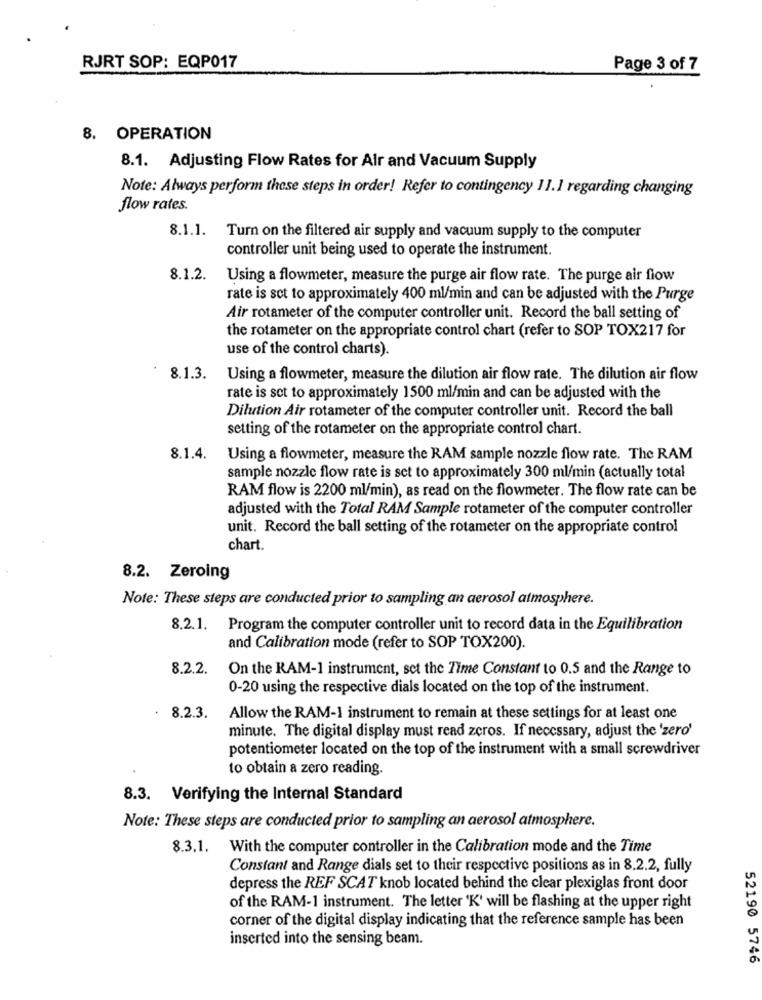
RJRT SOP: EQP017
Page 3 of 7
8. OPERATION
8.1. Adjusting Flow Rates for Air and Vacuum Supply
Note: Always perform these steps in order! Refer to contingency 11.1 regarding changing
flow rates.
8.1.1.
Turn on the filtered air supply and vacuum supply to the computer
controller unit being used to operate the instrument.
8.1.2.
Using a flowmeter, measure the purge air flow rate. The purge air flow
rate is set to approximately 400 ml/min and can be adjusted with the Purge
Air rotameter of the computer controller unit. Record the ball setting of
the rotameter on the appropriate control chart (refer to SOP TOX217 for
use of the control charts).
8.1.3.
Using a flowmeter, measure the dilution air flow rate. The dilution air flow
rate is set to approximately 1500 ml/min and can be adjusted with the
Dilution Air rotameter of the computer controller unit. Record the ball
setting of the rotameter on the appropriate control chart.
8.1.4.
Using a flowmeter, measure the RAM sample nozzle flow rate. The RAM
sample nozzle flow rate is set to approximately 300 ml/min (actually total
RAM flow is 2200 ml/min), as read on the flowmeter. The flow rate can be
adjusted with the Total RAM Sample rotameter of the computer controller
unit. Record the ball setting of the rotameter on the appropriate control
chart.
8.2. Zeroing
Note: These steps are conducted prior to sampling an aerosol atmosphere.
8.2.1. Program the computer controller unit to record data in the Equilibration
and Calibration mode (refer to SOP TOX200).
8.2.2.
On the RAM-1 instrument, set the Time Constant to 0.5 and the Range to
0-20 using the respective dials located on the top of the instrument.
. 8.2.3.
Allow the RAM-1 instrument to remain at these settings for at least one
minute. The digital display must read zeros. If necessary, adjust the 'zero'
potentiometer located on the top of the instrument with a small screwdriver
to obtain a zero reading.
8.3. Verifying the Internal Standard
Note: These steps are conducted prior to sampling an aerosol atmosphere.
8.3.1.
With the computer controller in the Calibration mode and the Time
Constant and Range dials set to their respective positions as in 8.2.2, fully
depress the REF SCAT knob located behind the clear plexiglas front door
of the RAM-1 instrument. The letter 'K' will be flashing at the upper right
corner of the digital display indicating that the reference sample has been
inserted into the sensing beam.
52190 5746